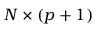
N \times ( p + 1 )